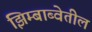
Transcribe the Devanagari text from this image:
झिम्बाब्वेतील